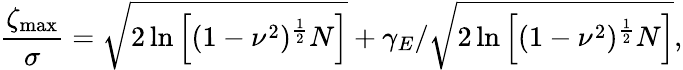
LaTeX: \frac{\zeta_{\operatorname*{max}}}{\sigma}=\sqrt{2\ln\left[(1-\nu^{2})^{\frac{1}{2}}N\right]}+\gamma_{E}/\sqrt{2\ln\left[(1-\nu^{2})^{\frac{1}{2}}N\right]},